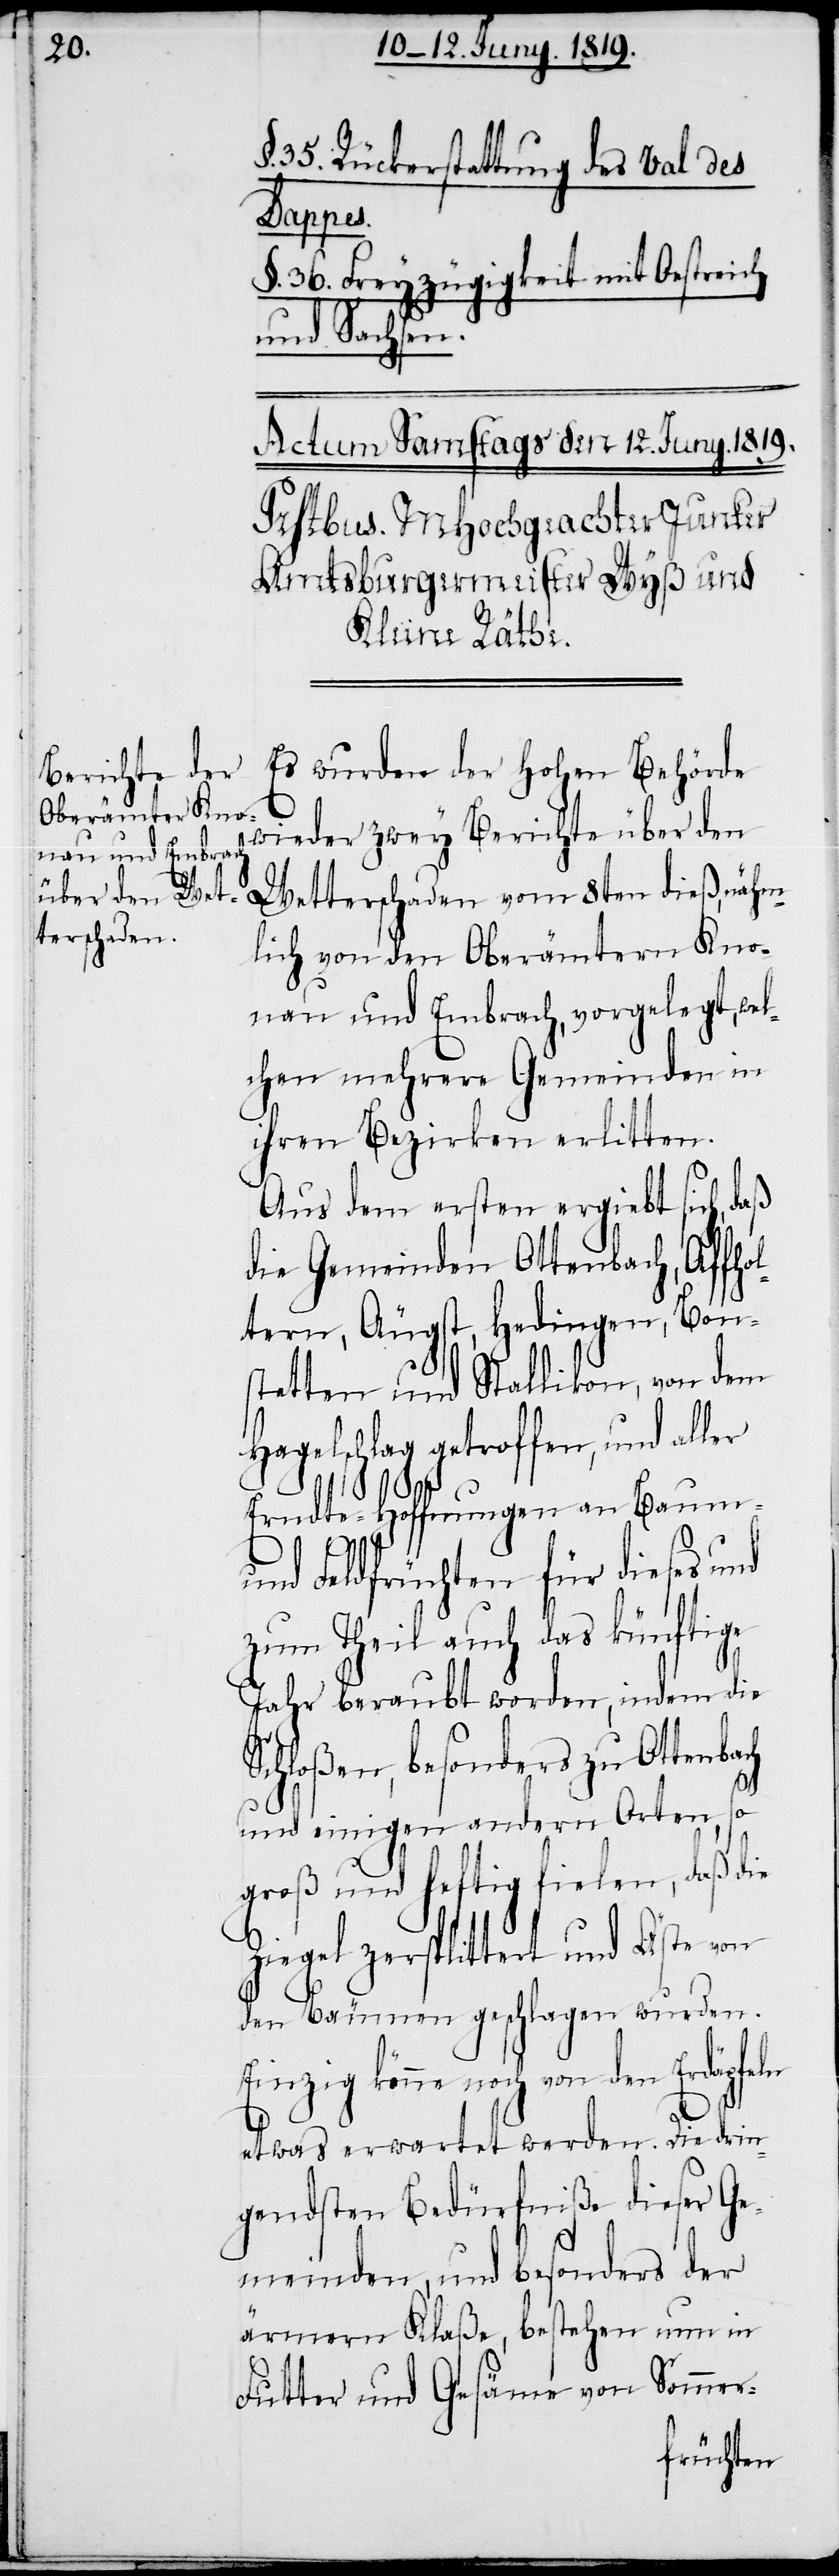
35. Rückerstattung des Vals des
Lappes.
§. 36. Freyzügigkeit mit Oestreich
und Sachsen.
Es wurden der hohen Behörde
wieder zwey Berichte über den
terschaden
lich von den Oberämtern Kno¬
nau und Embrach, vorgelegt, wel¬
chen mehrere Gemeinden in
ihren Bezirken erlitten.
Aus dem ersten ergiebt sich, daß
die Gemeinden Ottenbach, Affhol¬
tern, Äugst, Hedingen, Bon¬
stetten und Stallikon, von dem
Hagelschlag getroffen, und aller
Erndte-Hoffnungen an Baum-
nähm¬
und Feldfrüchten für dieses und
zum Theil auch das künftige
Jahr beraubt worden, indem die
Schloßen, besonders zu Ottenbach
und einigen andern Orten, so
groß und heftig fielen, daß die
Ziegel zersplittert und Äste von
den Bäumen geschlagen wurden.
Einzig könne noch von den
etwas erwartet werden. Die drin¬
gendsten Bedürfniße dieser Ge¬
meinden, und besonders der
ärmern Klaße, bestehen nun in
Futter und Gesäme von Sommer-